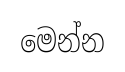
මෙන්න